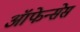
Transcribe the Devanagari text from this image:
ऑफेन्सेस